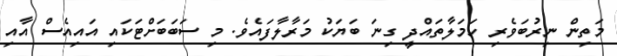
މަތިން ނިރުބަވެރި ހަމަލާތައްދީ ގިނަ ބަޔަކު މަރާލާފައެވެ. މި ސަބަބަށްޓަކައި އައިއެސް އާއި